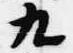
久